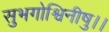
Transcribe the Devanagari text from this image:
सुभगोश्विनीषु।।